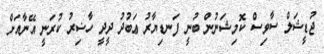
ޖުޑީޝަލް ސާވިސް ކޮމިޝަނުން ބުނީ ފަނޑިޔާރު ޢަބުދު ދީދީ ހާޟިރު ކުރަނީ އޭނާއަށް